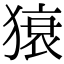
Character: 𤠠